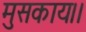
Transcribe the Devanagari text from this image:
मुसकाय।।